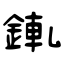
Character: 錷